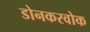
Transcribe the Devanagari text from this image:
डोनकरवोक